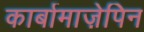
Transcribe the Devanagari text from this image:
कार्बामाज़ेपिन